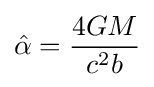
{\hat {\alpha }}={\frac {4GM}{c^{2}b}}